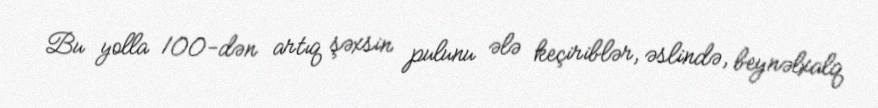
Bu yolla 100-dən artıq şəxsin pulunu ələ keçiriblər, əslində, beynəlxalq